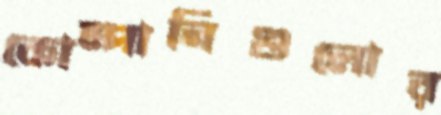
কোম্পানিগুলোর